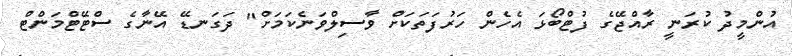
އުންމީދު ކުރަނީ ރާއްޖޭގެ ފުޓްބޯޅަ އެހެން ހަރުފަތަކަށް ވާސިލްވަނެކަމަށް" ދަގަނޑޭ އޭނާގެ ސްޓޭޓްމަންޓް